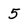
Character: 5